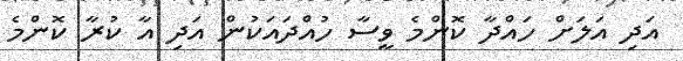
އަދި އަލަށް ހައްދާ ކޮންމެ ވީސާ ހުއްދައަކުން އަދި އާ ކުރާ ކޮންމެ